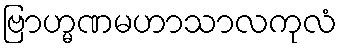
ဗြာဟ္မဏမဟာသာလကုလံ